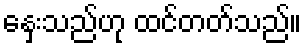
နှေးသည်ဟု ထင်တတ်သည်။